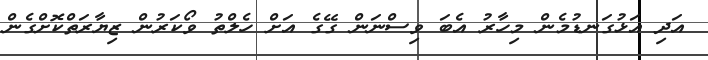
އަދި އަޅުގަނޑުމެން މިހާރު އެބަ ވިސްނަން ގޭގެ އަށް ހެލްތު ވޯކަރުން ޒިޔާރަތްކޮށްގެން